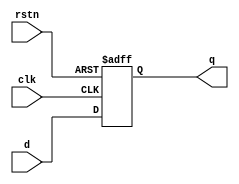
module dff(input clk,d,rstn,output reg q);
  always@(posedge clk or negedge rstn)begin
    if(!rstn) begin
      q<=0;
    end
      else begin
        q<=d;
      end
  end
endmodule